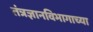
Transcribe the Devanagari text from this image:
तंत्रज्ञानविभागाच्या